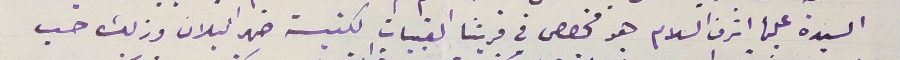
السيدة عليها اشرف السلام هو مخصص في قريتنا القبيات لكنيسة ضهر البلان وذلك حسب